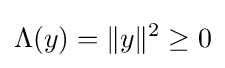
\Lambda (y)=\|y\|^{2}\geq 0